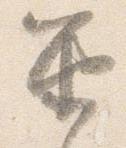
笛